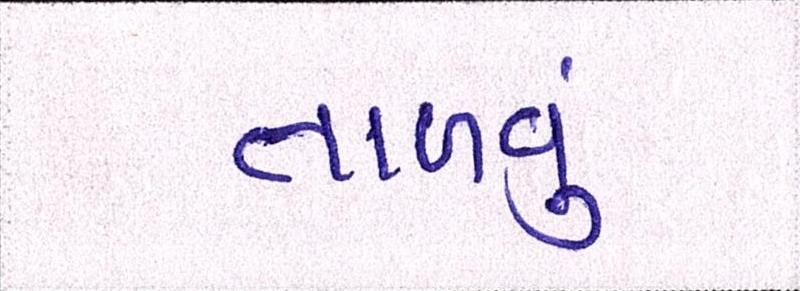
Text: તાળવું